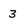
Character: 3